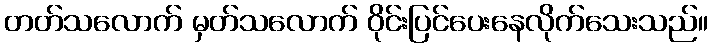
တတ်သလောက် မှတ်သလောက် ဝိုင်းပြင်ပေးနေလိုက်သေးသည်။